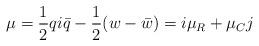
LaTeX: \begin{align*}\mu={1\over 2}qi\bar{q}-{1\over 2}(w-\bar{w})=i\mu_R+\mu_C j\end{align*}